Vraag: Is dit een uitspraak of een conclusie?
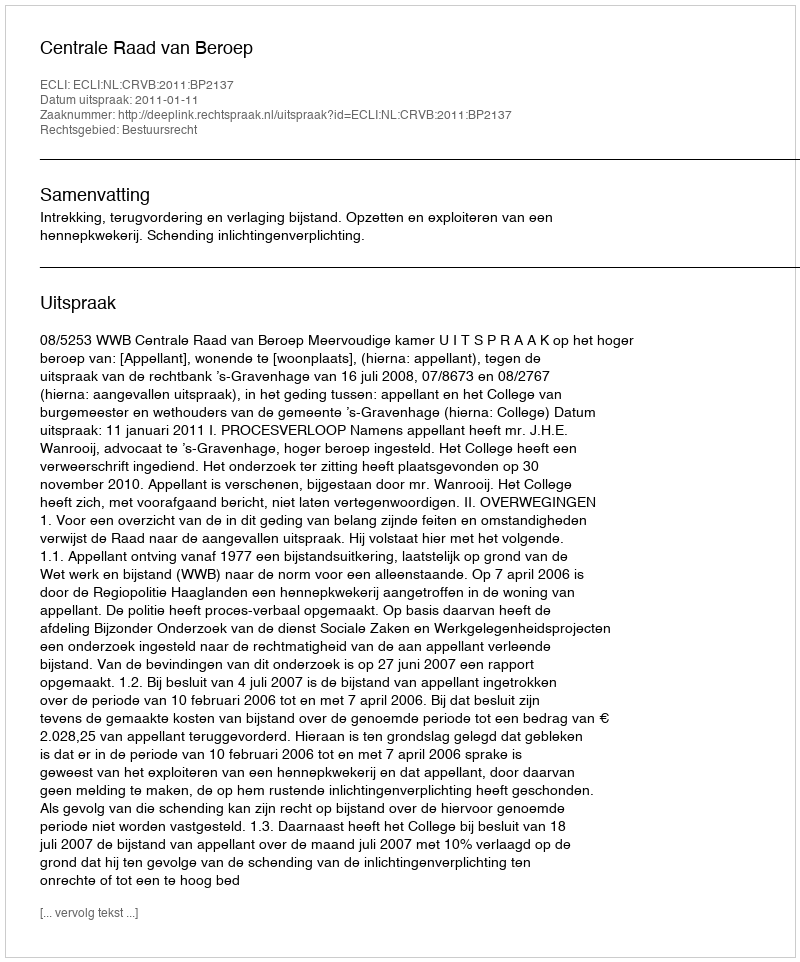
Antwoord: Uitspraak